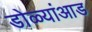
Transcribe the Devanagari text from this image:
डोळ्यांआड